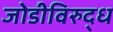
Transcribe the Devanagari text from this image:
जोडीविरुद्ध